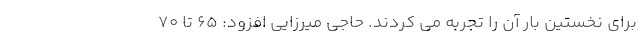
برای نخستین بار آن را تجربه می کردند. حاجی میرزایی افزود: ۶۵ تا ۷۰